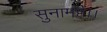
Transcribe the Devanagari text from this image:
सुनामहैं।।